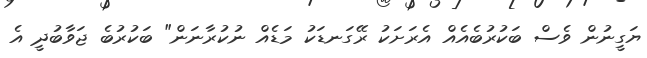
ޔަގީނުން ވެސް ބަކުރުބެއެއް އެރަށަކު ރޭގަނޑަކު މަޑެއް ނުކުރާނަން" ބަކުރުބެ ޖަވާބުދީ އެ